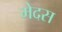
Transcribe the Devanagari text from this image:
मेदस